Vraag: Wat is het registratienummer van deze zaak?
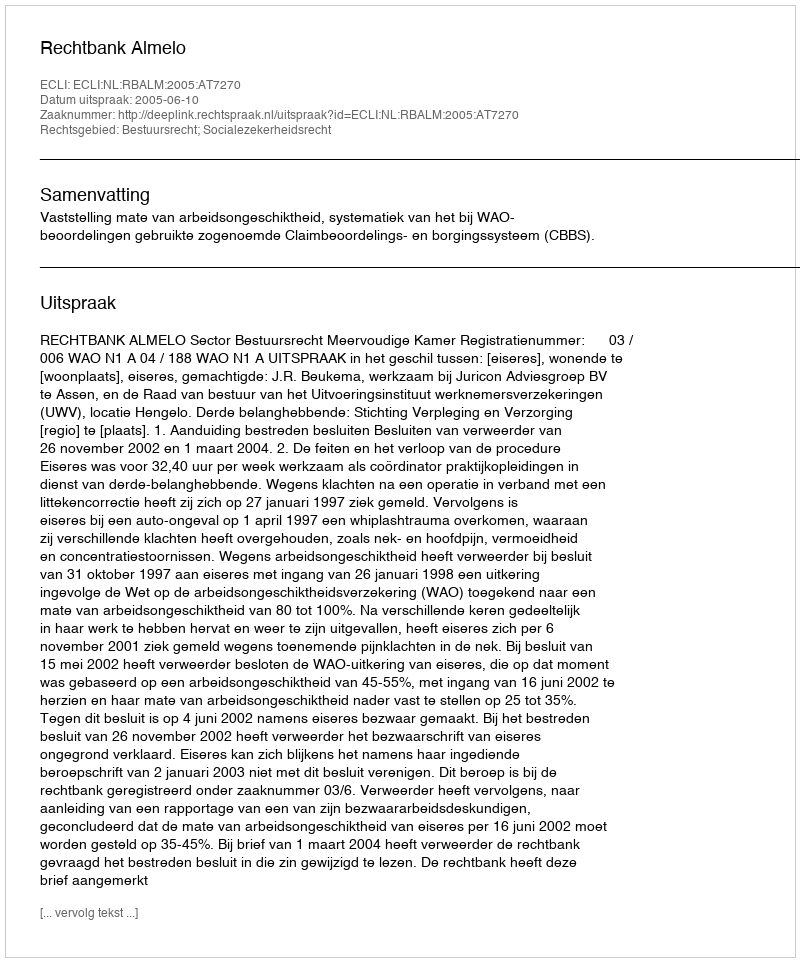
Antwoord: http://deeplink.rechtspraak.nl/uitspraak?id=ECLI:NL:RBALM:2005:AT7270